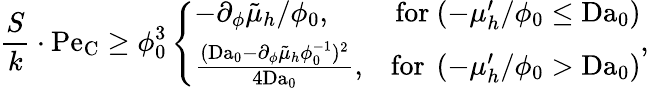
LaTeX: \frac{S}{k}\cdot\mathrm{Pe}_{\mathrm{C}}\geq\phi_{0}^{3}\left\{ \begin{array}{ll}{-\partial_{\phi}\tilde{\mu}_{h}/\phi_{0},}&{\, \mathrm{for~}(-\mu_{h}^{\prime}/\phi_{0}\leq\mathrm{Da}_{0})}\\ {\frac{(\mathrm{Da}_{0}-\partial_{\phi}\tilde{\mu}_{h}\phi_{0}^{-1})^{2}}{4\mathrm{Da}_{0}},}&{\mathrm{for~}\, (-\mu_{h}^{\prime}/\phi_{0}>\mathrm{Da}_{0})}\end{array}\right.,